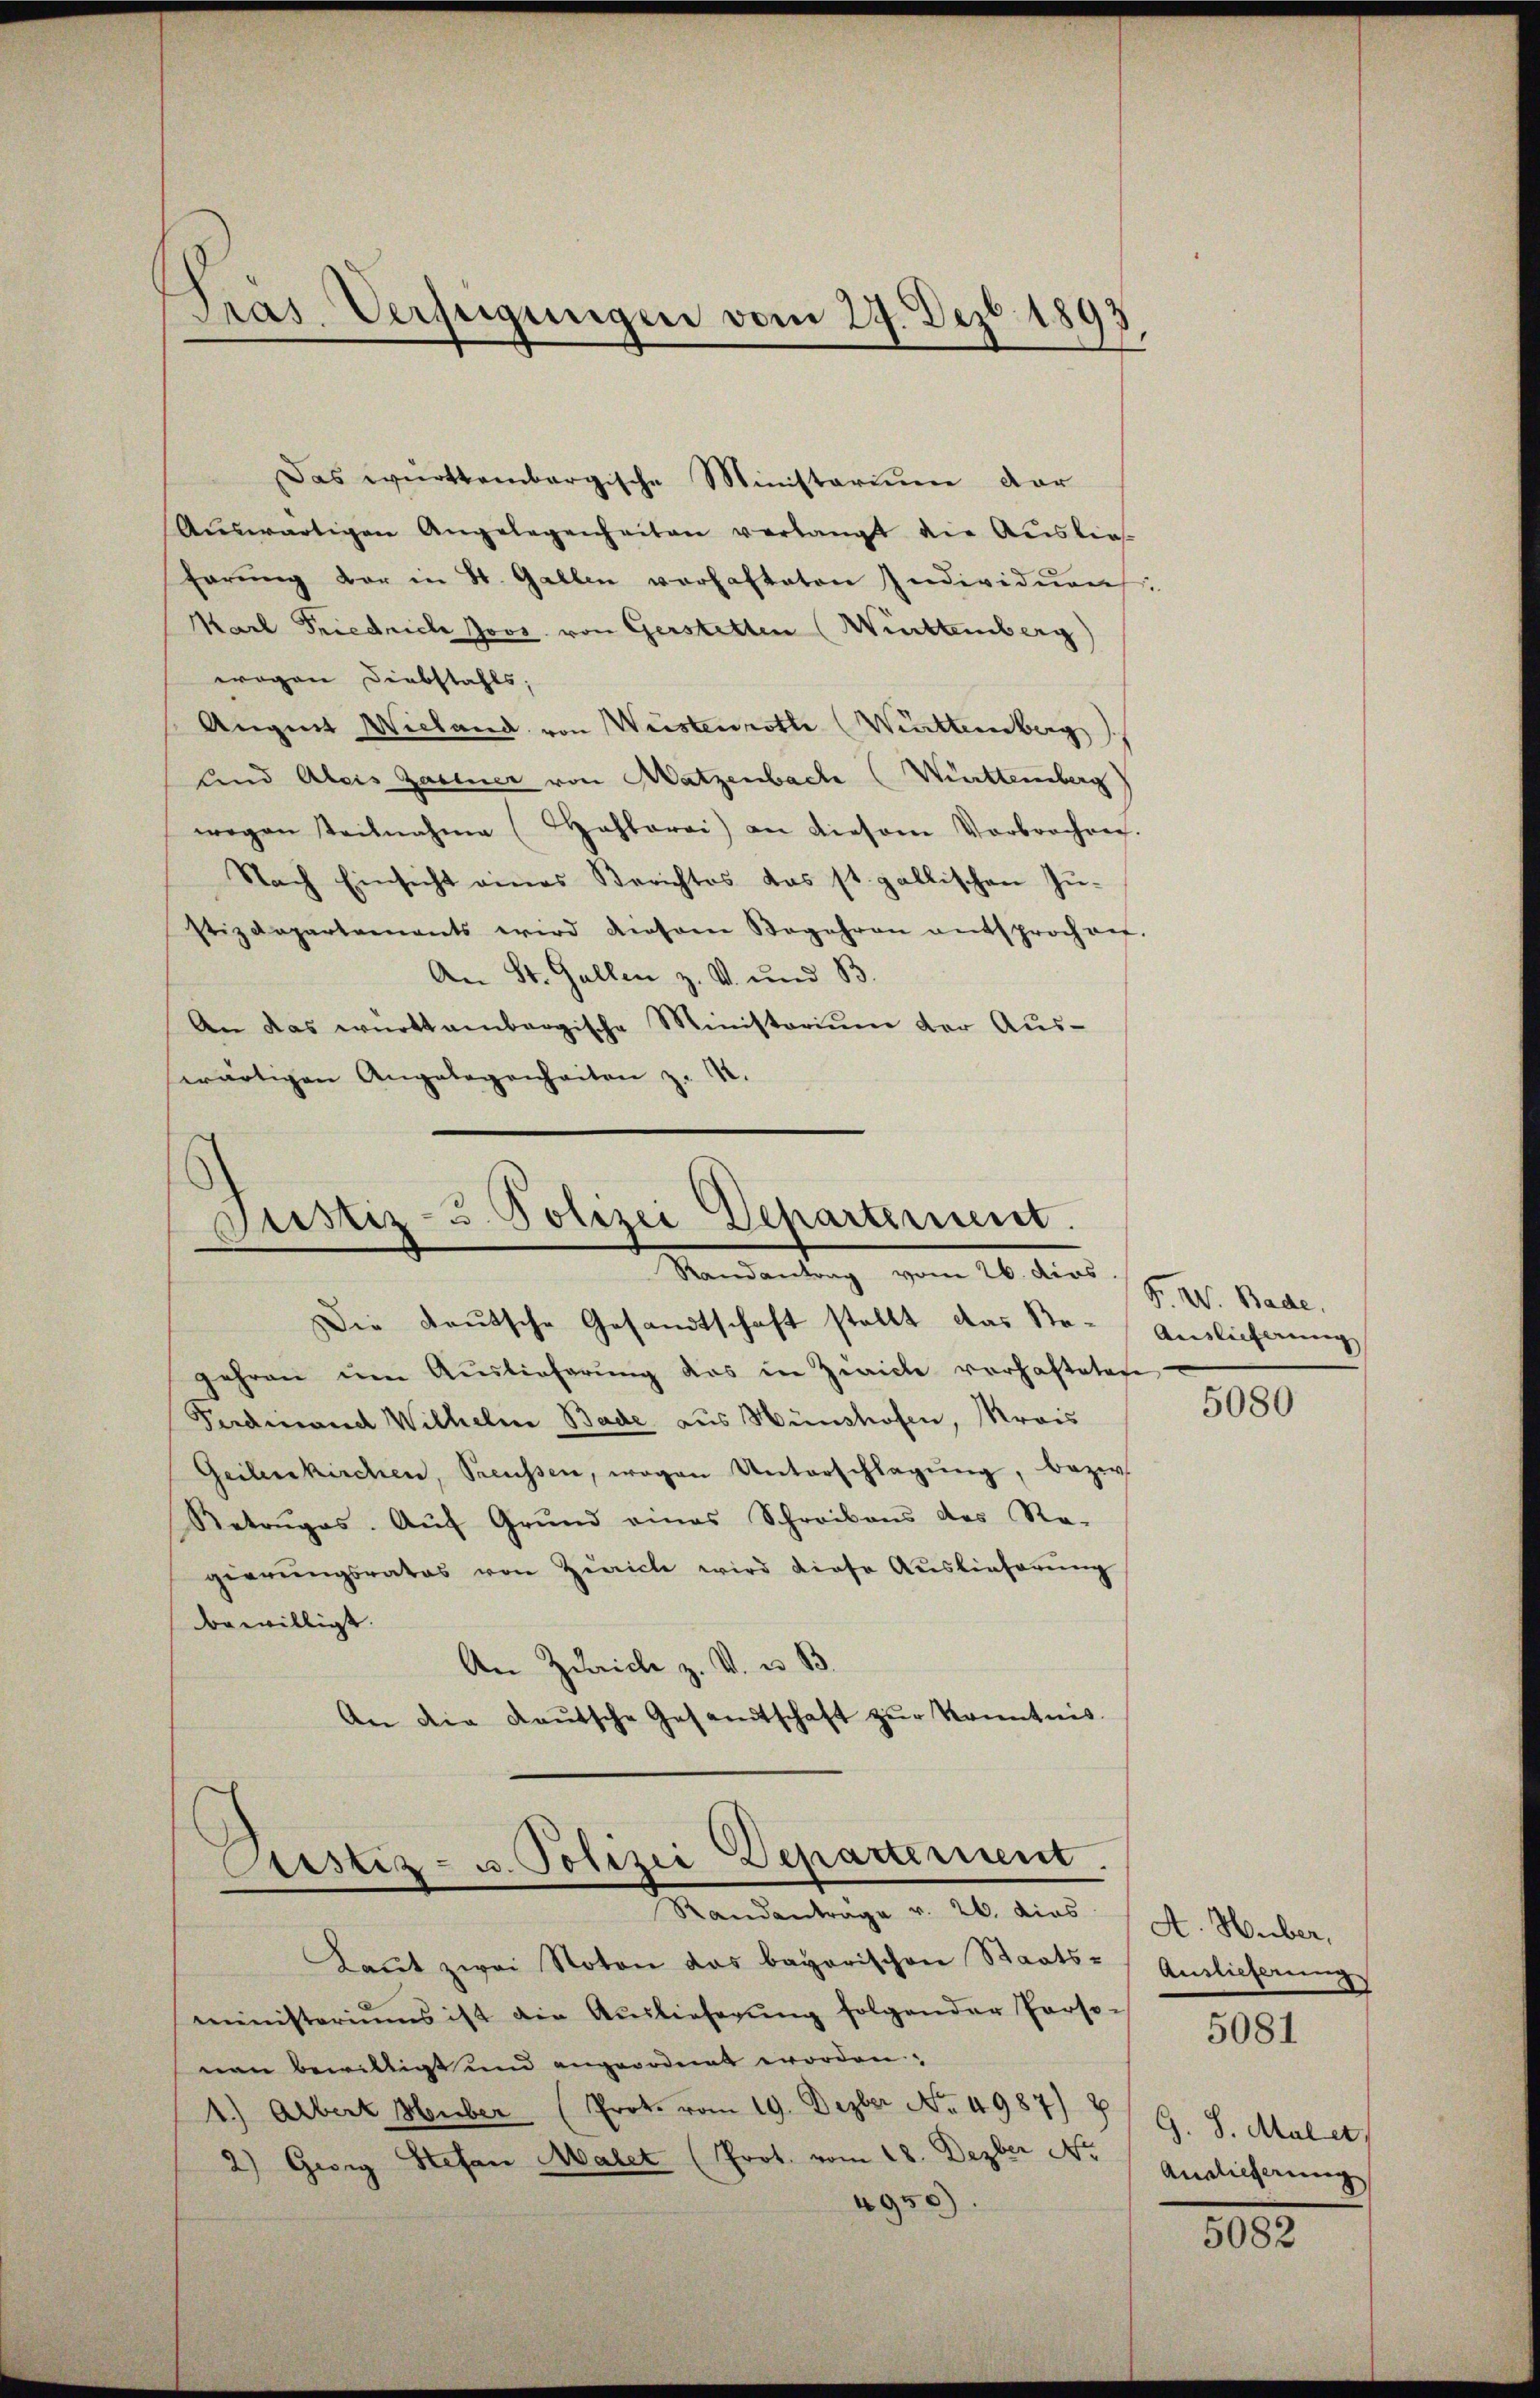
Pras Verfügungen vom 27. Dez. 1893.

Das württembergische Ministerium dar
Aŭswärtigen Angelegenheiten verlangt die Auslief
harŭng vor in St. Gallen verhafteten Individuen
Karl Friedrich Joos von Gerstetten (Württemberg)
wogen Diebstahls;
Augen Wieland von Weistenrothe (Württemberg
und Alois Zartner von Matzenbach (Württemberg
wegen teilnahme (Tahlorai) an diesem Verbrochen.
Nach Einsicht eines Berichtes das st. gallischen Zŭ-
stizdepartements wird diesem Begehren entsprochen.
An St. Gallen z. V. und B
An das württembergische Ministerium der Aus-
wärtigen Angelegenheiten z. B.

Justiz- u. Polizei Departement.
Randantrag vom 26. dies
Die Deutsche Gesandtschaft stellt das Sta¬

gehren um Auslieferung das in Zwicke vorhafteten
Ferdinand Wilhelm Bade aus Hünshofen, Krais
Geilenkirchen, Treussen, wogen Unterschlagŭng, bezw.
Retrŭges. Aŭf Grŭnd eines Schreibens des Re-
gierungsrates von Zürich wird diese Auslieferung
bewilligt.
An Zürich z. V. u. B.
An die Kautsche Gesandtschaft zur Kenntnis

Custiz- u. Polizei Departement.
Randantrage v. 26. dies

Laŭt zwei Noten das bayerischen Staats-
ministeriums ist die Auslieferŭng folgender Porto 1081
nen bewilligt und angeordnet worden
1.) Albert Huber (Prot. vom 19. Dezber No. 4987) B
2) Gwig Stefan Malet (Prot. vom 18. Dezber No
4950)

F. W. Bade,
Auslieferung

5080

A. Huber,
Auslieferung
G. S. Mal et
Auslieferung

5082